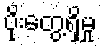
ပိုးတွေ့ရှိမှု